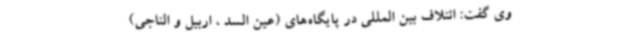
وی گفت: ائتلاف بین المللی در پایگاه‌های (عین السد ، اربیل و التاجی)